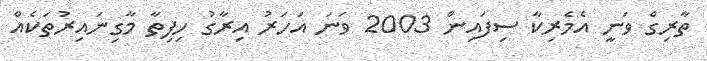
ތާރިގް ވަނީ އެމެރިކާ ސިފައިން 2003 ވަނަ އަހަރު އިރާގު ހިފިތާ މާގިނައިރުތަކެއް